Report on the working of the Ranchi Indian Mental Hospital, Kanke, in Bihar and Orissa - 1930-1940
Year: 1930
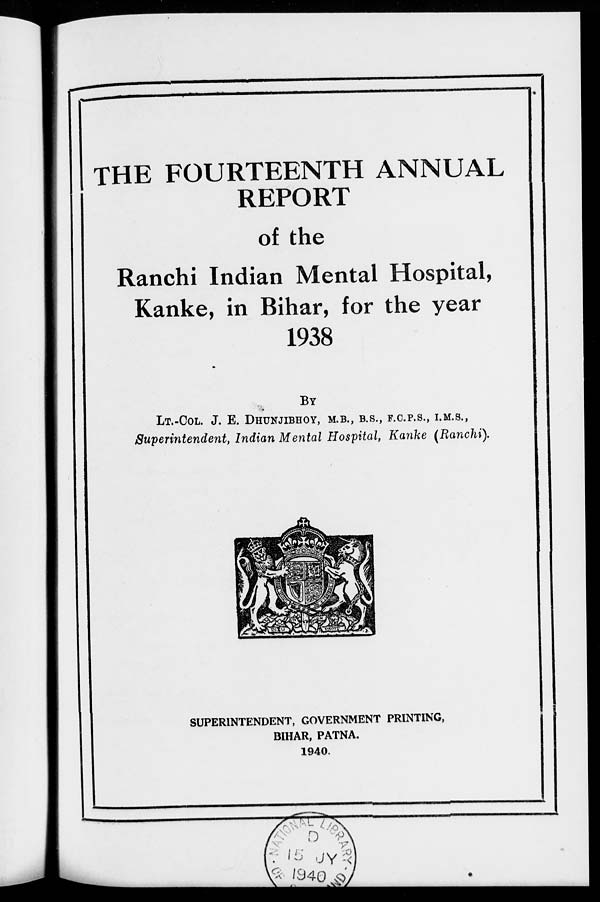
THE FOURTEENTH ANNUAL
REPORT
of the
Ranchi Indian Mental Hospital,
Kanke, in Bihar, for the year
1938
BY
LT.-COL. J. E. DHUNJIBHOY, M.B., B.S., F.C.P.S., I.M.S.,
Superintendent, Indian Mental Hospital, Kanke (Ranchi).
SUPERINTENDENT, GOVERNMENT PRINTING,
BIHAR, PATNA.
1940.